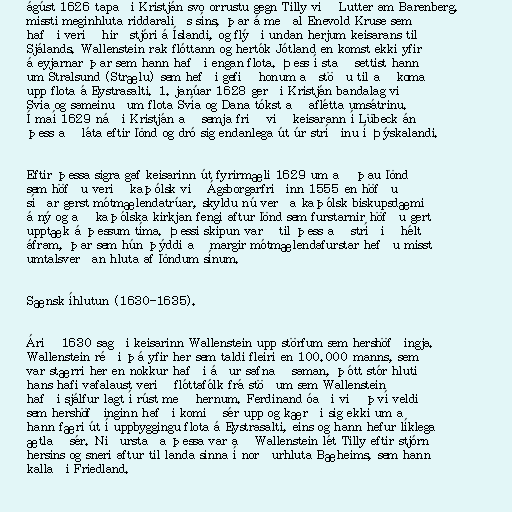
ágúst 1626 tapaði Kristján svo orrustu gegn Tilly við Lutter am Barenberg,
missti meginhluta riddaraliðs síns, þar á meðal Enevold Kruse sem
hafði verið hirðstjóri á Íslandi, og flýði undan herjum keisarans til
Sjálands. Wallenstein rak flóttann og hertók Jótland en komst ekki yfir
á eyjarnar þar sem hann hafði engan flota. Þess í stað settist hann
um Stralsund (Strælu) sem hefði gefið honum aðstöðu til að koma
upp flota á Eystrasalti. 1. janúar 1628 gerði Kristján bandalag við
Svía og sameinuðum flota Svía og Dana tókst að aflétta umsátrinu.
Í maí 1629 náði Kristján að semja frið við keisarann í Lübeck án
þess að láta eftir lönd og dró sig endanlega út úr stríðinu í Þýskalandi.

Eftir þessa sigra gaf keisarinn út fyrirmæli 1629 um að þau lönd
sem höfðu verið kaþólsk við Ágsborgarfriðinn 1555 en höfðu
síðar gerst mótmælendatrúar, skyldu nú verða kaþólsk biskupsdæmi
á ný og að kaþólska kirkjan fengi aftur lönd sem furstarnir höfðu gert
upptæk á þessum tíma. Þessi skipun varð til þess að stríðið hélt
áfram, þar sem hún þýddi að margir mótmælendafurstar hefðu misst
umtalsverðan hluta af löndum sínum.

Sænsk íhlutun (1630-1635).

Árið 1630 sagði keisarinn Wallenstein upp störfum sem hershöfðingja.
Wallenstein réði þá yfir her sem taldi fleiri en 100.000 manns, sem
var stærri her en nokkur hafði áður safnað saman, þótt stór hluti
hans hafi vafalaust verið flóttafólk frá stöðum sem Wallenstein
hafði sjálfur lagt í rúst með hernum. Ferdinand óaði við því veldi
sem hershöfðinginn hafði komið sér upp og kærði sig ekki um að
hann færi út í uppbyggingu flota á Eystrasalti, eins og hann hefur líklega
ætlað sér. Niðurstaða þessa var að Wallenstein lét Tilly eftir stjórn
hersins og sneri aftur til landa sinna í norðurhluta Bæheims, sem hann
kallaði Friedland.